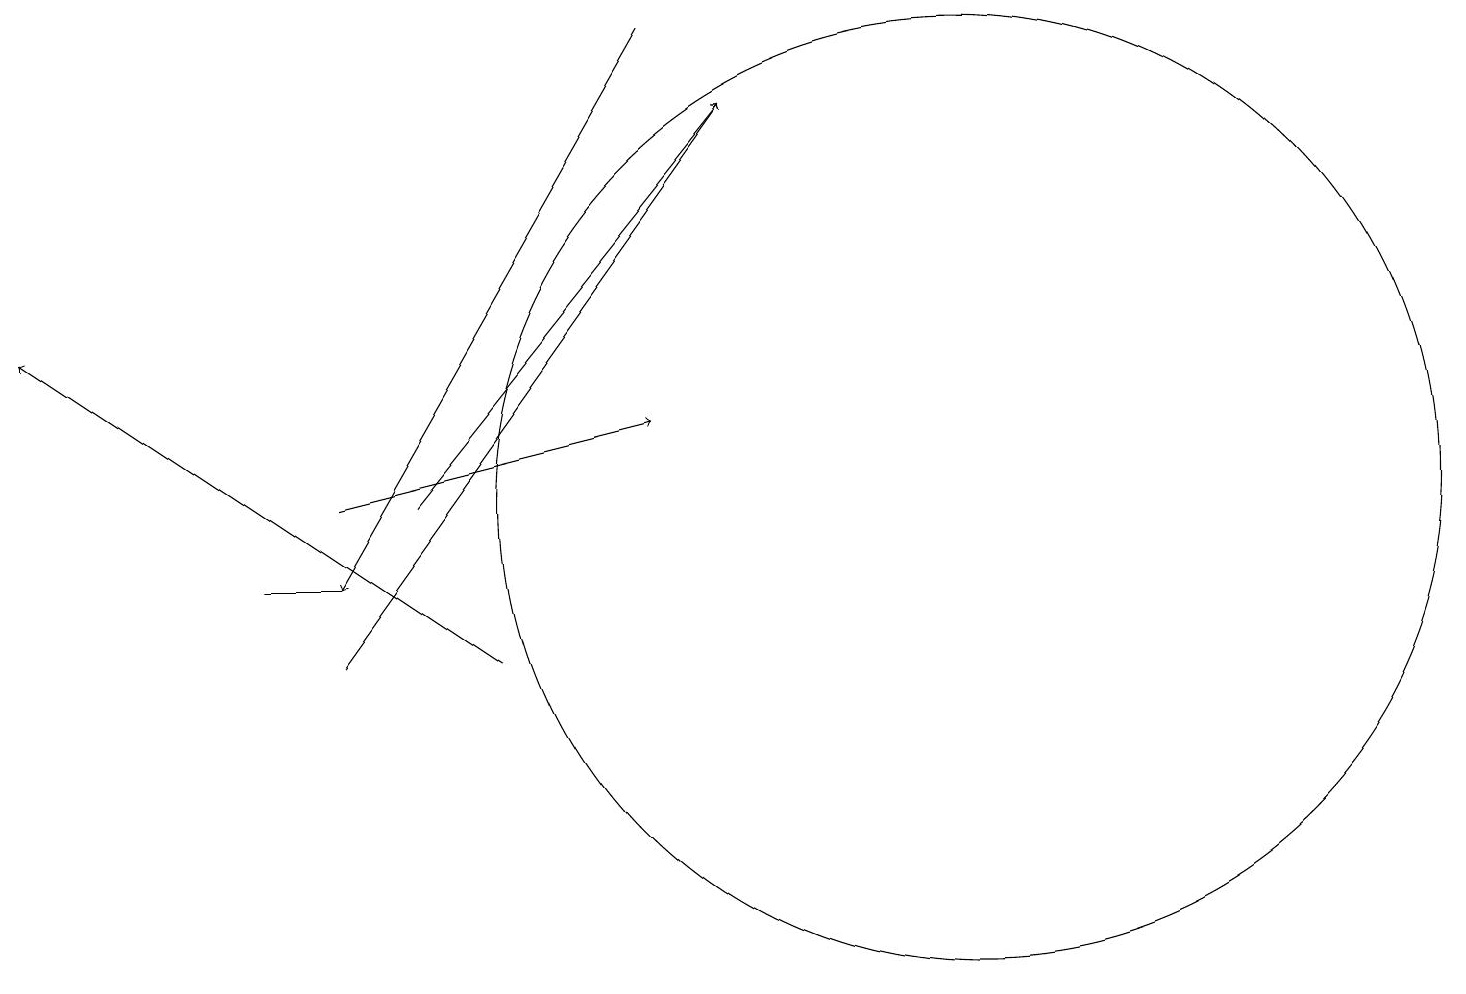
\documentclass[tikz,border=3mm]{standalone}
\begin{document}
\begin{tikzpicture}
\draw[->] (8,18) -- (4,11);
\draw (3,11) rectangle (4,11);
\draw (12,12) circle (6);
\draw (12,10) circle (0);
\draw[->] (5,12) -- (9,17);
\draw[->] (6,10) -- (0,14);
\draw[->] (4,10) -- (9,17);
\draw[->] (4,12) -- (8,13);
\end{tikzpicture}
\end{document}